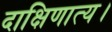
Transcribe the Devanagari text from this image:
दाक्षिणात्य।